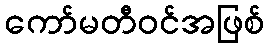
ကော်မတီဝင်အဖြစ်